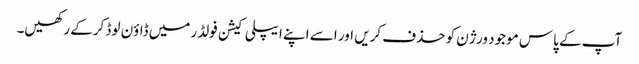
آپ کے پاس موجود ورژن کو حذف کریں اور اسے اپنے ایپلی کیشن فولڈر میں ڈاؤن لوڈ کرکے رکھیں۔